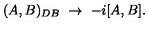
( A , B ) _ { D B } \ \to \ - i [ A , B ] .